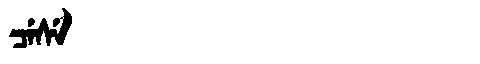
Manchu: ᠴᡝᠰᡝ
Romanization: CESE